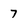
Character: 7